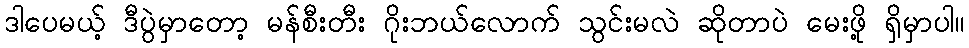
ဒါပေမယ့် ဒီပွဲမှာတော့ မန်စီးတီး ဂိုးဘယ်လောက် သွင်းမလဲ ဆိုတာပဲ မေးဖို့ ရှိမှာပါ။